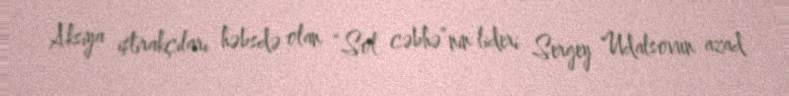
Aksiya iştirakçıları həbsdə olan “Sol cəbhə”nin lideri Sergey Udalsovun azad